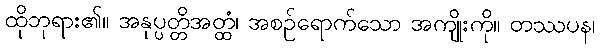
ထိုဘုရား၏။ အနုပ္ပတ္တိအတ္ထံ၊ အစဉ်ရောက်သော အကျိုးကို။ တဿပန၊